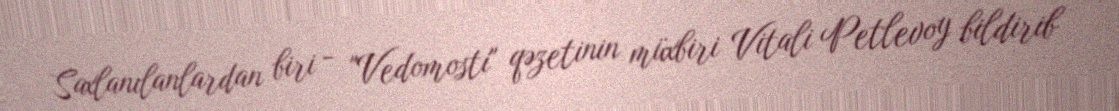
Saxlanılanlardan biri - "Vedomosti" qəzetinin müxbiri Vitali Petlevoy bildirib